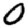
Digit: 0